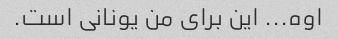
اوه... این برای من یونانی است.